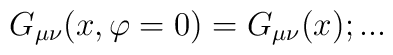
G_{\mu \nu }(x,\varphi =0)=G_{\mu \nu }(x);...